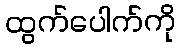
ထွက်ပေါက်ကို